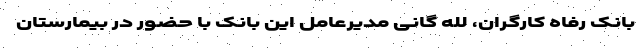
بانک رفاه کارگران، لله گانی مدیرعامل این بانک با حضور در بیمارستان